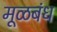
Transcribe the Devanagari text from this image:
मूळबंध